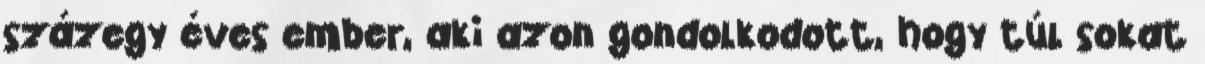
százegy éves ember, aki azon gondolkodott, hogy túl sokat